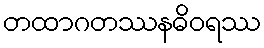
တထာဂတဿနဓိဝရဿ